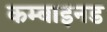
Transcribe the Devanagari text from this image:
कम्बाइनड